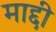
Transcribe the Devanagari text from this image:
माद्दी